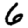
Digit: 6